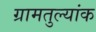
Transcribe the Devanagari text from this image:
ग्रामतुल्यांक